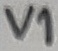
Text: V1